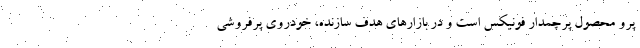
پرو محصول پرچمدار فونیکس است و در بازارهای هدف سازنده، خودروی پرفروشی